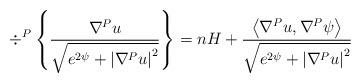
LaTeX: \begin{align*}\div^{P}\left\{ \frac{\nabla^{P}u}{\sqrt{e^{2\psi}+\left\vert\nabla^{P}u\right\vert ^{2}}}\right\}=nH+\frac{\left\langle\nabla^{P}u,\nabla^{P}\psi\right\rangle }{\sqrt{e^{2\psi}+\left\vert \nabla^{P}u\right\vert ^{2}}}\end{align*}